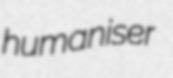
humaniser